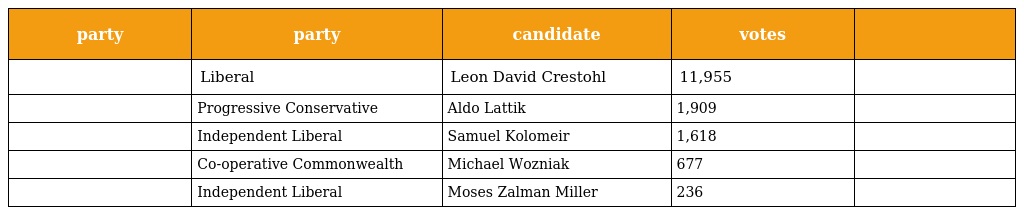
| party | party | candidate | votes |  |
 | --- | --- | --- | --- | --- |
 |  | Liberal | Leon David Crestohl | 11,955 |  |
 |  | Progressive Conservative | Aldo Lattik | 1,909 |  |
 |  | Independent Liberal | Samuel Kolomeir | 1,618 |  |
 |  | Co-operative Commonwealth | Michael Wozniak | 677 |  |
 |  | Independent Liberal | Moses Zalman Miller | 236 |  |